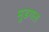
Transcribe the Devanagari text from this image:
मुडगल